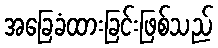
အခြေခံထားခြင်းဖြစ်သည်